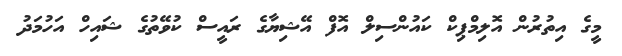
މީގެ އިތުރުން އޮލިމްޕިކް ކައުންސިލް އޮފް އޭޝިޔާގެ ރައީސް ކުވޭތުގެ ޝައިހް އަހުމަދު